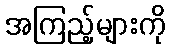
အကြည့်များကို